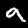
Digit: 9